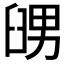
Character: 𦥶